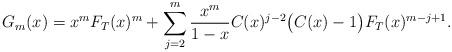
LaTeX: \begin{align*}G_m(x)&=x^mF_T(x)^m+\sum_{j=2}^m\frac{x^m}{1-x}C(x)^{j-2}\big(C(x)-1\big)F_T(x)^{m-j+1}.\end{align*}